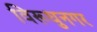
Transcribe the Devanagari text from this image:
विरूधुनगर